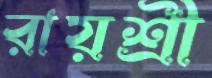
রায়শ্রী